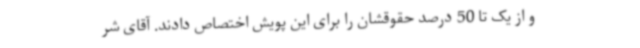
و از یک تا 50 درصد حقوقشان را برای این پویش اختصاص دادند. آقای شر